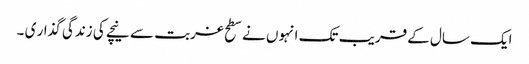
ایک سال کے قریب تک انہوں نے سطح غربت سے نیچے کی زندگی گذار ی ۔